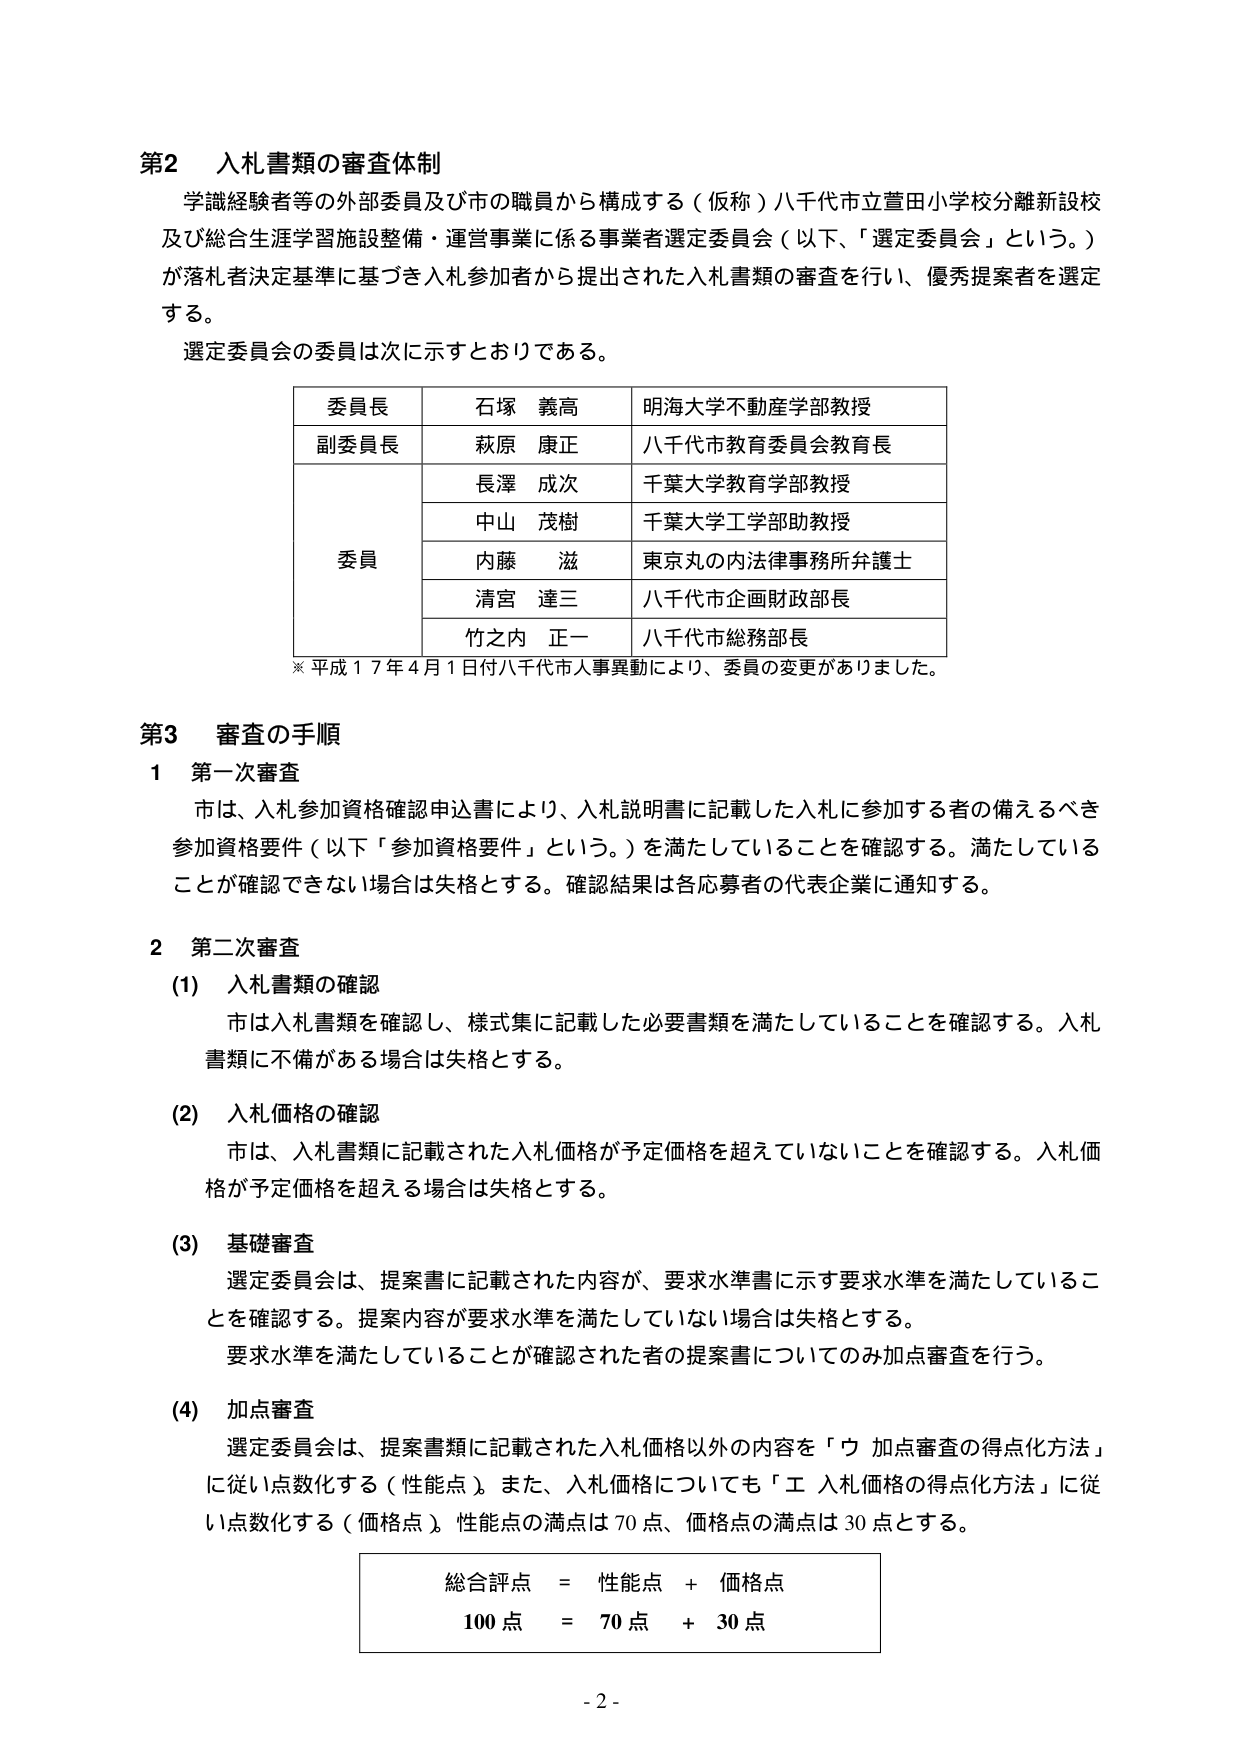
第2 入札書類の審査体制
学識経験者等の外部委員及び市の職員から構成する（仮称）八千代市立萱田小学校分離新設校
及び総合生涯学習施設整備・運営事業に係る事業者選定委員会（以下、「選定委員会」という。）
が落札者決定基準に基づき入札参加者から提出された入札書類の審査を行い、優秀提案者を選定
する。
選定委員会の委員は次に示すとおりである。

| 委員長 | 石塚 義高 | 明海大学不動産学部教授 |
| 副委員長 | 萩原 康正 | 八千代市教育委員会教育長 |
| 委員 | 長澤 成次 | 千葉大学教育学部教授 |
| | 中山 茂樹 | 千葉大学工学部助教授 |
| | 内藤 滋 | 東京丸の内法律事務所弁護士 |
| | 清宮 達三 | 八千代市企画財政部長 |
| | 竹之内 正一 | 八千代市総務部長 |

※ 平成17年4月1日付八千代市人事異動により、委員の変更がありました。

第3 審査の手順
1 第一次審査
市は、入札参加資格確認申込書により、入札説明書に記載した入札に参加する者の備えるべき
参加資格要件（以下「参加資格要件」という。）を満たしていることを確認する。満たしている
ことが確認できない場合は失格とする。確認結果は各応募者の代表企業に通知する。

2 第二次審査
(1) 入札書類の確認
市は入札書類を確認し、様式集に記載した必要書類を満たしていることを確認する。入札
書類に不備がある場合は失格とする。

(2) 入札価格の確認
市は、入札書類に記載された入札価格が予定価格を超えていないことを確認する。入札価
格が予定価格を超える場合は失格とする。

(3) 基礎審査
選定委員会は、提案書に記載された内容が、要求水準書に示す要求水準を満たしているこ
とを確認する。提案内容が要求水準を満たしていない場合は失格とする。
要求水準を満たしていることが確認された者の提案書についてのみ加点審査を行う。

(4) 加点審査
選定委員会は、提案書類に記載された入札価格以外の内容を「ウ 加点審査の得点化方法」
に従い点数化する（性能点）。また、入札価格についても「エ 入札価格の得点化方法」に従
い点数化する（価格点）。性能点の満点は70点、価格点の満点は30点とする。

総合評点 = 性能点 + 価格点
100点 = 70点 + 30点

- 2 -